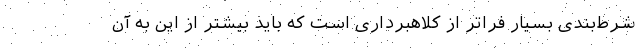
شرط‌بندی بسیار فراتر از کلاهبرداری است که باید بیشتر از این به آن